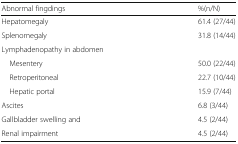
<table><thead><tr><td><b>Abnormal fingdings</b></td><td><b>%(n/N)</b></td></tr></thead><tbody><tr><td>Hepatomegaly</td><td>61.4 (27/44)</td></tr><tr><td>Splenomegaly</td><td>31.8 (14/44)</td></tr><tr><td colspan="2">Lymphadenopathy in abdomen</td></tr><tr><td> Mesentery</td><td>50.0 (22/44)</td></tr><tr><td> Retroperitoneal</td><td>22.7 (10/44)</td></tr><tr><td> Hepatic portal</td><td>15.9 (7/44)</td></tr><tr><td>Ascites</td><td>6.8 (3/44)</td></tr><tr><td>Gallbladder swelling and</td><td>4.5 (2/44)</td></tr><tr><td>Renal impairment</td><td>4.5 (2/44)</td></tr></tbody></table>